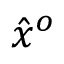
{ \hat { x } } ^ { o }